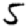
Digit: 5